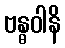
ဗန္ဓဝါနိ